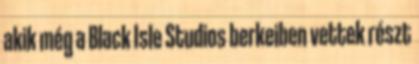
akik még a Black Isle Studios berkeiben vettek részt